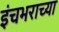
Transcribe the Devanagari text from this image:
इंचभराच्या